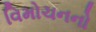
વિમોચનનો